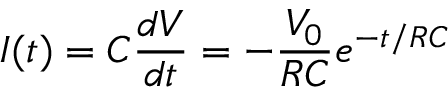
I ( t ) = C \frac { d V } { d t } = - \frac { V _ { 0 } } { R C } e ^ { - t / R C }